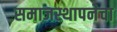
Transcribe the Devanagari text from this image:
समाजस्थापनेचा